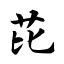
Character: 芘